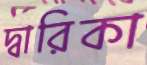
দ্বারিকা